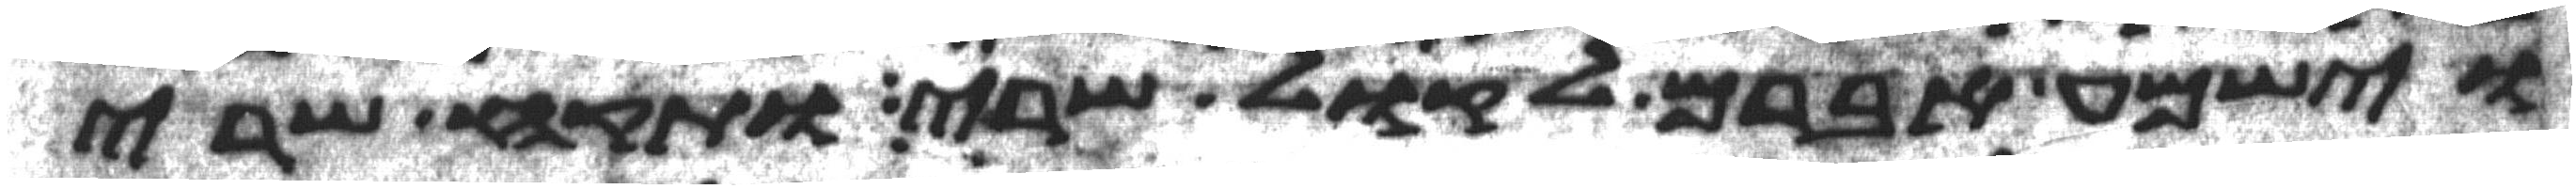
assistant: וישמע אברם לקול שרי ותקח שרי